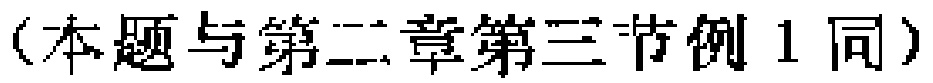
（本题与第二章第三节例1同）